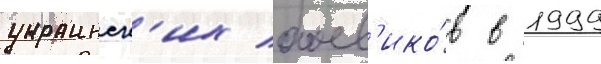
украинск'их боев'ико́в в 1999